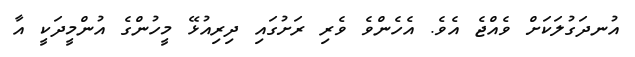
އުނދަގުލަކަށް ވެއްޖެ އެވެ. އެހެންވެ ވެރި ރަށުގައި ދިރިއުޅޭ މީހުންގެ އުންމީދަކީ އާ